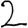
Digit: 2